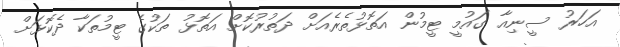
އަހަރު ސީނިއާ ގައުމީ ޓީމުން އަތޮޅުތެރެއަށް ދަތުރުކޮށް އަތޮޅު ތަކުގެ ޓީމުތަކާ ދެކޮޅަށް